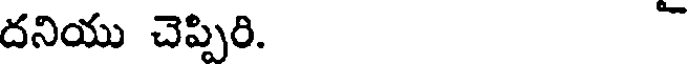
దనియు చెప్పిరి.